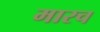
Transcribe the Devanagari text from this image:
मारच